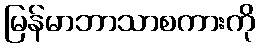
မြန်မာဘာသာစကားကို